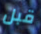
قبل